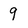
Character: 9